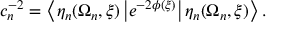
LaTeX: c _ { n } ^ { - 2 } = \left\langle \eta _ { n } ( \Omega _ { n } , \xi ) \left| e ^ { - 2 \phi ( \xi ) } \right| \eta _ { n } ( \Omega _ { n } , \xi ) \right\rangle .